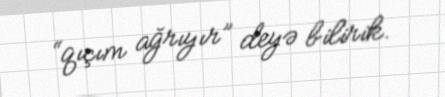
“qıçım ağrıyır” deyə bilirik.